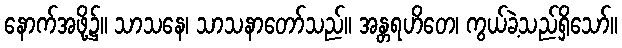
နောက်အဖို့၌။ သာသနေ၊ သာသနာတော်သည်။ အန္တရဟိတေ၊ ကွယ်ခဲ့သည်ရှိသော်။